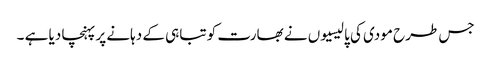
جس طرح مودی کی پالیسیوں نے بھارت کو تباہی کے دہانے پر پہنچا دیا ہے ۔